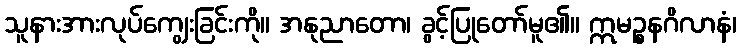
သူနားအားလုပ်ကျွေးခြင်းကို။ အနုညာတော၊ ခွင့်ပြုတော်မူ၏။ ဣမဉ္စနဂိလာနံ၊